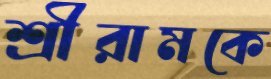
শ্রীরামকে